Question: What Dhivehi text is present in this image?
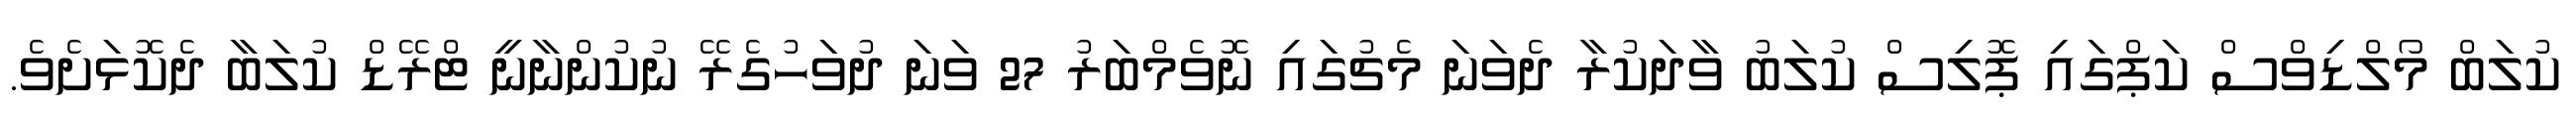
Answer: ކުލަބް މޯލްޑިވްސް ކަޕްގައި ޕޮލިސް ކުލަބު ވާދަކުރާ ދެވަނަ މެޗުގައި ނޮވެމްބަރު 27 ވަނަ ދުވަހުގެރޭ ނުކުންނާނީ ޓްރޭޑް ކުލަބާ ދެކޮޅަށެވެ.